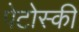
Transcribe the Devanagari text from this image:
पेटोस्की